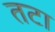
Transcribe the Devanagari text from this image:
तटा